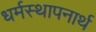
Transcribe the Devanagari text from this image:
धर्मस्थापनार्थ